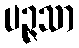
ပဉ္ဇသာ